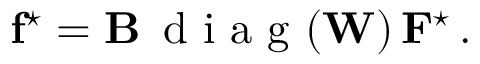
\mathbf { f } ^ { \star } = \mathbf { B } \, \mathrm { ~ d ~ i ~ a ~ g ~ } ( \mathbf { W } ) \, \mathbf { F } ^ { \star } \, .